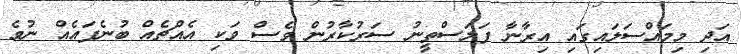
އަދި މިމައްސަލައިގައި އިރާނާ ފަލަސްތީނު ސަރުކާރުން ވެސް ވަކި އެއްޗެއް ބުނެފައެއް ނުވެ